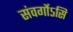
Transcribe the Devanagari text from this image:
संवर्गोऽसि